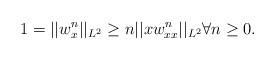
\begin{align*}1 = ||w_x^n||_{L^2} \ge n ||x w^n_{xx}||_{L^2}\forall n\ge 0. \end{align*}